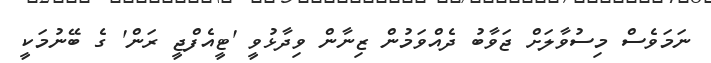
ނަމަވެސް މިސުވާލަށް ޖަވާބު ދެއްވަމުން ޒިނާން ވިދާޅުވީ 'ޓީއެފްޖީ ރަން' ގެ ބޭނުމަކީ